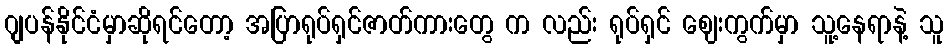
ဂျပန်နိုင်ငံမှာဆိုရင်တော့ အပြာရုပ်ရှင်ဇာတ်ကားတွေ က လည်း ရုပ်ရှင် ဈေးကွက်မှာ သူ့နေရာနဲ့ သူ